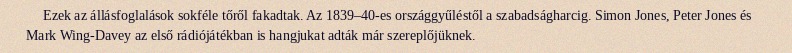
Ezek az állásfoglalások sokféle tőről fakadtak. Az 1839–40-es országgyűléstől a szabadságharcig. Simon Jones, Peter Jones és Mark Wing-Davey az első rádiójátékban is hangjukat adták már szereplőjüknek.